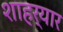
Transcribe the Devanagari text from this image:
शाहर्यार